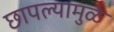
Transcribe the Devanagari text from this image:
छापल्यामुळे